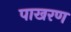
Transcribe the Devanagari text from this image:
पाखरण